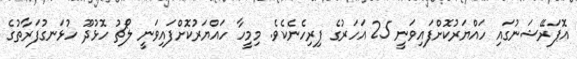
އޮޕަރޭޝަނުގައި ހައްޔަރުކޮށްފައިވަނީ 25 އަހަރުގެ ފިރިހެނެކެވެ. މިމީހާ ހައްޔަރުކޮށްފައިވަނީ ލޯޗު ހޮޅުދޫ ހުޅަނގުފަރާތުގެ